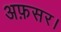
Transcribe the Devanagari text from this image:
अफ़सर।